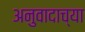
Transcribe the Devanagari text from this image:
अनुवादाच्‍या